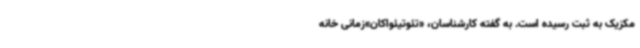
مکزیک به ثبت رسیده است. به گفته کارشناسان، «تئوتیئواکان»زمانی خانه